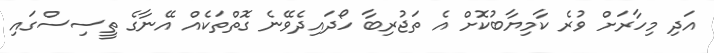
އަދި މިހާރަށް ވުރެ ކާމިޔާބުކޮށް އެ ތަޖުރިބާ ހޯދައިދެވޭނެ ގޮތްތަކެއް އޭނާގެ ތީސިސްގައި